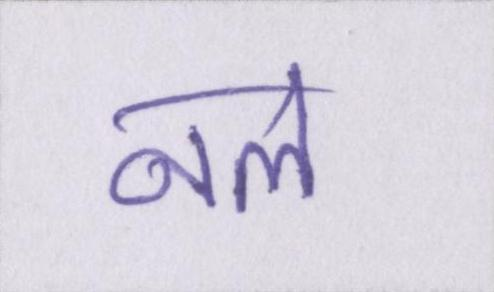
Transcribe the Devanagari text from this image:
नल